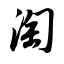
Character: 淘